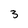
Character: 3